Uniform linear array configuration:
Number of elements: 48
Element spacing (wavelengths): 0.25
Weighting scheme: kaiser
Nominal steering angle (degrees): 0
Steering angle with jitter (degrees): -0.8926
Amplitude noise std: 0.05
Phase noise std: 0.05

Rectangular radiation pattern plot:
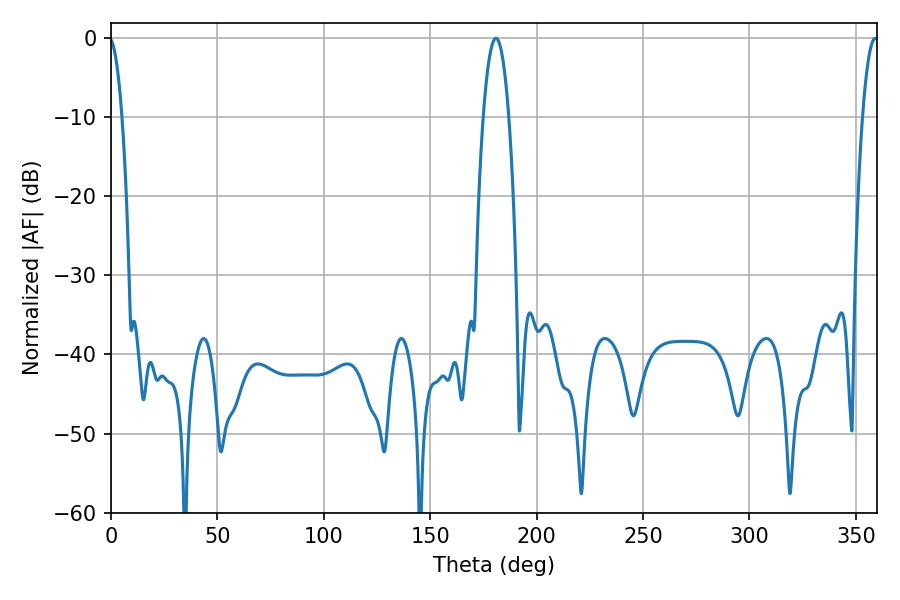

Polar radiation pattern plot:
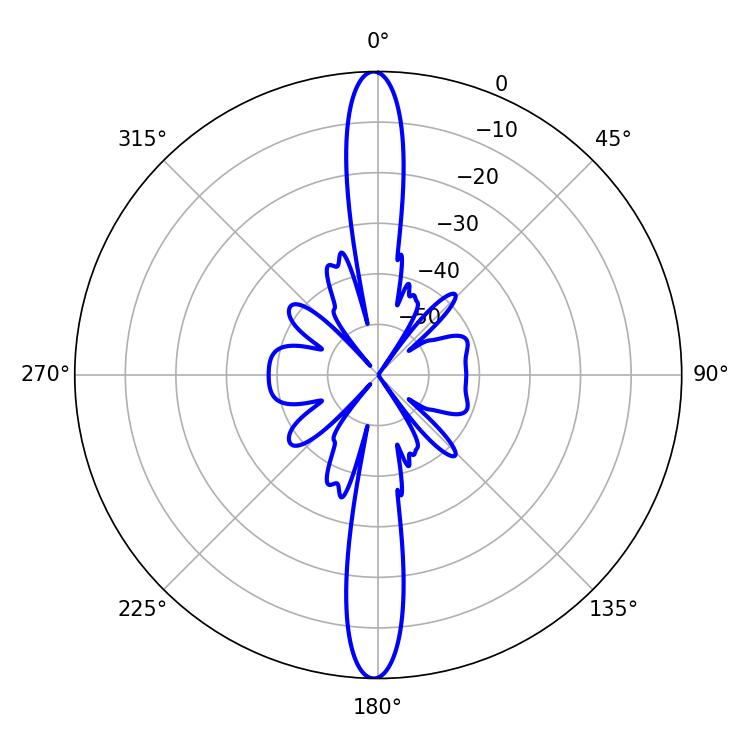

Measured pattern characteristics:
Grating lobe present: FALSE
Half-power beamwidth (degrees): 6.66
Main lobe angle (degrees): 180.9